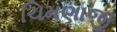
ચિમણાજી